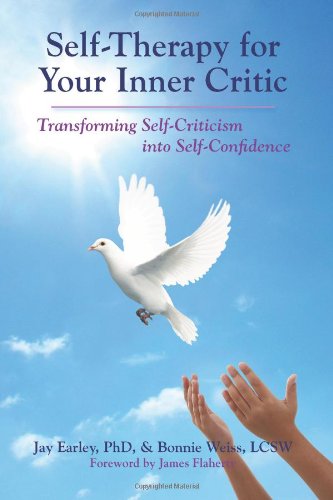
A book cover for Self-Therapy for Your Inner Critic: Transforming Self Criticism into Self-Confidence; Jay Earley; Self-Help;